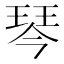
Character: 琴